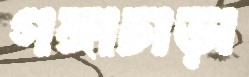
গঙ্গাচাড়া